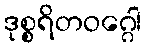
ဒုစ္စရိတဝဂ္ဂေါ